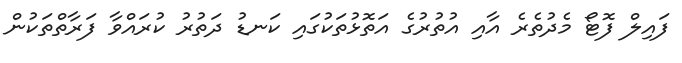
ފައިލް ފޮޓޯ މެދުތެރެ އާއި އުތުރުގެ އަތޮޅުތަކުގައި ކަނޑު ދަތުރު ކުރައްވާ ފަރާތްތަކުން